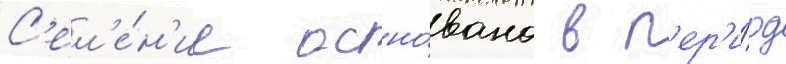
С'ел'е́н'ие осно́вано в п'ер'и́од